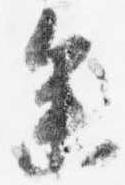
参